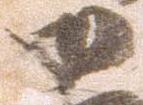
御